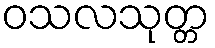
ဝသလသုတ္တ